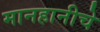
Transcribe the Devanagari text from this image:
मानहानीचे